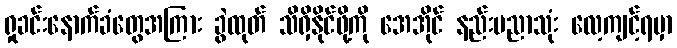
ရှုခင်းနောက်ခံတွေအကြား ခွဲထုတ် သိရှိနိုင်ဖို့ကို အေအိုင် နည်းပညာသုံး လေ့ကျင့်ရမှာ